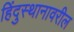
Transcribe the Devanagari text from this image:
हिंदुस्थानावरील